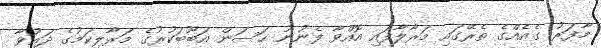
މާފަރު ގެއެއްގެ ތެރޭގައި މަރާލާފައި އޮއްވާ ފެނުނު ހަސަން އަބޫބަކުރުގެ މަރާލިކަމުގެ ދައުވާ